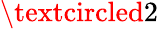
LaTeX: \textcircled{2}